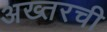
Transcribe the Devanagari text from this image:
अख्तरची